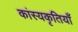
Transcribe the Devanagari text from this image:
कांस्यकृतियाँ